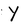
Character: Y